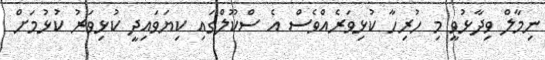
ނިމާލް ވިދާޅުވީ މި ހުރިހާ ކުޅިވަރެއްވެސް އެ ސްކޫލްގައި ކިޔަވައިދީ ކުޅިވަރު ކުޅުމަށް